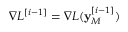
\nabla L ^ { [ i - 1 ] } = \nabla L ( \mathbf { y } _ { M } ^ { [ i - 1 ] } )